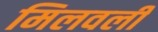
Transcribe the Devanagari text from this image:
मिलवली